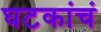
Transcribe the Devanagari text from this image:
घटकांचं